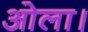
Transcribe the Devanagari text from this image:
ओला।